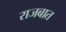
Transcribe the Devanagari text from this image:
राजबात